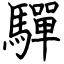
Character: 驒